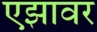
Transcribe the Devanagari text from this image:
एझावर